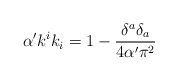
\begin{align*}\alpha 'k^{i}k_{i}=1-\frac{\delta ^{a}\delta _{a}}{4\alpha '\pi ^{2}}\end{align*}